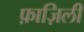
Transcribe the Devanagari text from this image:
फ़ाज़िली